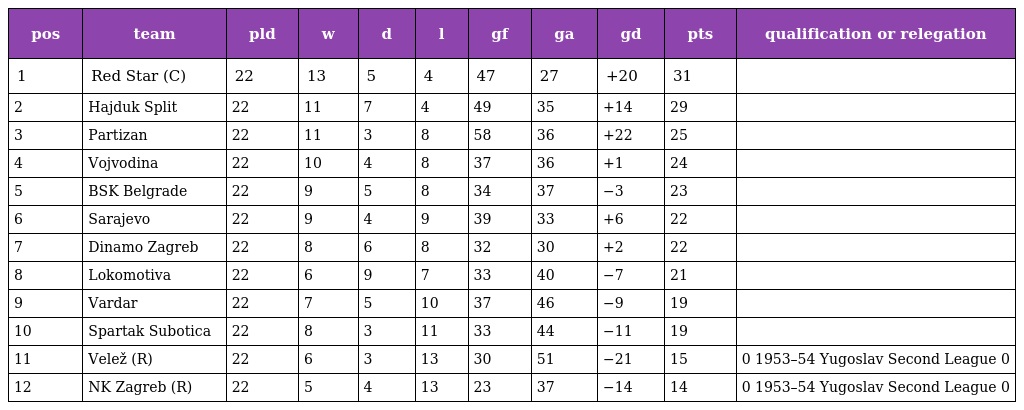
| pos | team | pld | w | d | l | gf | ga | gd | pts | qualification or relegation |
 | --- | --- | --- | --- | --- | --- | --- | --- | --- | --- | --- |
 | 1 | Red Star (C) | 22 | 13 | 5 | 4 | 47 | 27 | +20 | 31 |  |
 | 2 | Hajduk Split | 22 | 11 | 7 | 4 | 49 | 35 | +14 | 29 |  |
 | 3 | Partizan | 22 | 11 | 3 | 8 | 58 | 36 | +22 | 25 |  |
 | 4 | Vojvodina | 22 | 10 | 4 | 8 | 37 | 36 | +1 | 24 |  |
 | 5 | BSK Belgrade | 22 | 9 | 5 | 8 | 34 | 37 | −3 | 23 |  |
 | 6 | Sarajevo | 22 | 9 | 4 | 9 | 39 | 33 | +6 | 22 |  |
 | 7 | Dinamo Zagreb | 22 | 8 | 6 | 8 | 32 | 30 | +2 | 22 |  |
 | 8 | Lokomotiva | 22 | 6 | 9 | 7 | 33 | 40 | −7 | 21 |  |
 | 9 | Vardar | 22 | 7 | 5 | 10 | 37 | 46 | −9 | 19 |  |
 | 10 | Spartak Subotica | 22 | 8 | 3 | 11 | 33 | 44 | −11 | 19 |  |
 | 11 | Velež (R) | 22 | 6 | 3 | 13 | 30 | 51 | −21 | 15 | 0 1953–54 Yugoslav Second League 0 |
 | 12 | NK Zagreb (R) | 22 | 5 | 4 | 13 | 23 | 37 | −14 | 14 | 0 1953–54 Yugoslav Second League 0 |